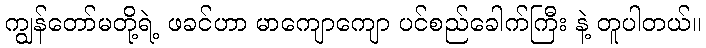
ကျွန်တော်မတို့ရဲ့ ဖခင်ဟာ မာကျောကျော ပင်စည်ခေါက်ကြီး နဲ့ တူပါတယ်။